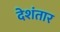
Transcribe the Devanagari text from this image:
देशंतार